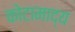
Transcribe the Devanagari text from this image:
कोटामाद्य